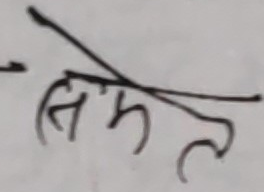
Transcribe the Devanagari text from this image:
सिमल